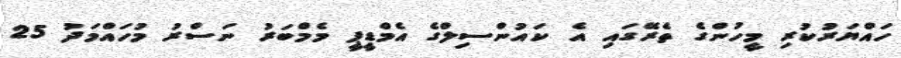
ހައްޔަރުކުރި މީހުންގެ ތެރޭގައި އެ ކައުންސިލްގެ އެމްޑީޕީ މެމްބަރު ނަސްރު މުހައްމަދު 25